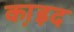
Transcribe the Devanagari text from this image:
का़इद